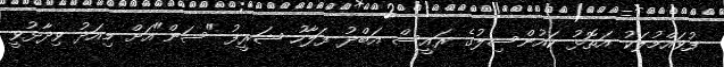
ފުވައްމުލަކު އަތޮޅު ކައުންސިލުގެ ރައީސް އަބްދު ފަލާހު ޝަރީފު "ސަން"އަށް މިއަދު ވިދާޅުވީ